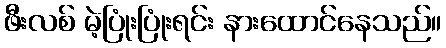
ဖီးလစ် မဲ့ပြုံးပြုံးရင်း နားထောင်နေသည်။